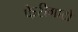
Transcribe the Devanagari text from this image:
फेरीगाटो